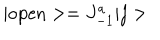
LaTeX: \vert \mathrm { o p e n } > = J _ { - 1 } ^ { a } \vert j >